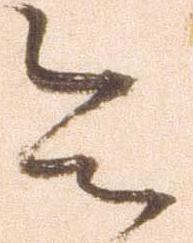
令